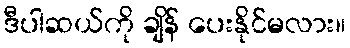
ဒီပါဆယ်ကို ချိန် ပေးနိုင်မလား။